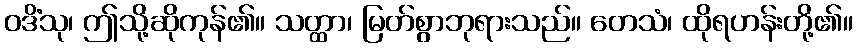
ဝဒိံသု၊ ဤသို့ဆိုကုန်၏။ သတ္ထာ၊ မြတ်စွာဘုရားသည်။ တေသံ၊ ထိုရဟန်းတို့၏။